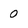
Character: 0